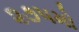
૨૭૫મો